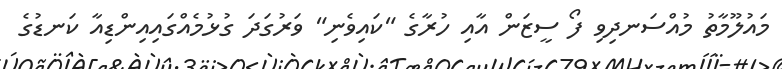
މައުލޫމާތު މުއްސަނދިވި ފޯ ސީޒަން އާއި ހުރާގެ "ކައިވެނި" ވަރުގަދަ ގުޅުމެއްގައިއިންޑިއާ ކަނޑުގެ